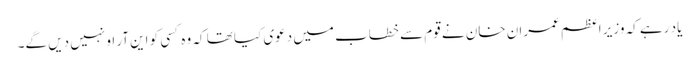
یاد رہے کہ وزیر اعظم عمران خان نے قوم سے خطاب میں دعوی کیا تھا کہ وہ کسی کو این آر او نہیں دیں گے۔